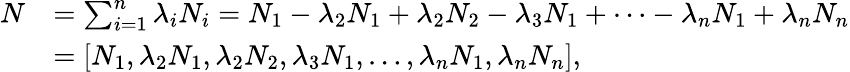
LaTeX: \begin{array}{rl}{N}&{=\sum_{i=1}^{n}\lambda_{i}N_{i}=N_{1}-\lambda_{2}N_{1}+\lambda_{2}N_{2}-\lambda_{3}N_{1}+\dots-\lambda_{n}N_{1}+\lambda_{n}N_{n}}\\ &{=[N_{1},\lambda_{2}N_{1},\lambda_{2}N_{2},\lambda_{3}N_{1},\dots,\lambda_{n}N_{1},\lambda_{n}N_{n}],}\end{array}